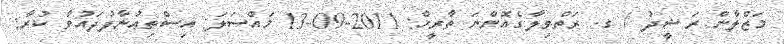
މަޒްލާން ރަޝީދު / ގ. ރަތްވިލާގެއޮންނަ ތާރީޚް: 2011-09-13 މައްސަލަ: އިސްތިޢުނާފުދައުވާ ކުރާ: